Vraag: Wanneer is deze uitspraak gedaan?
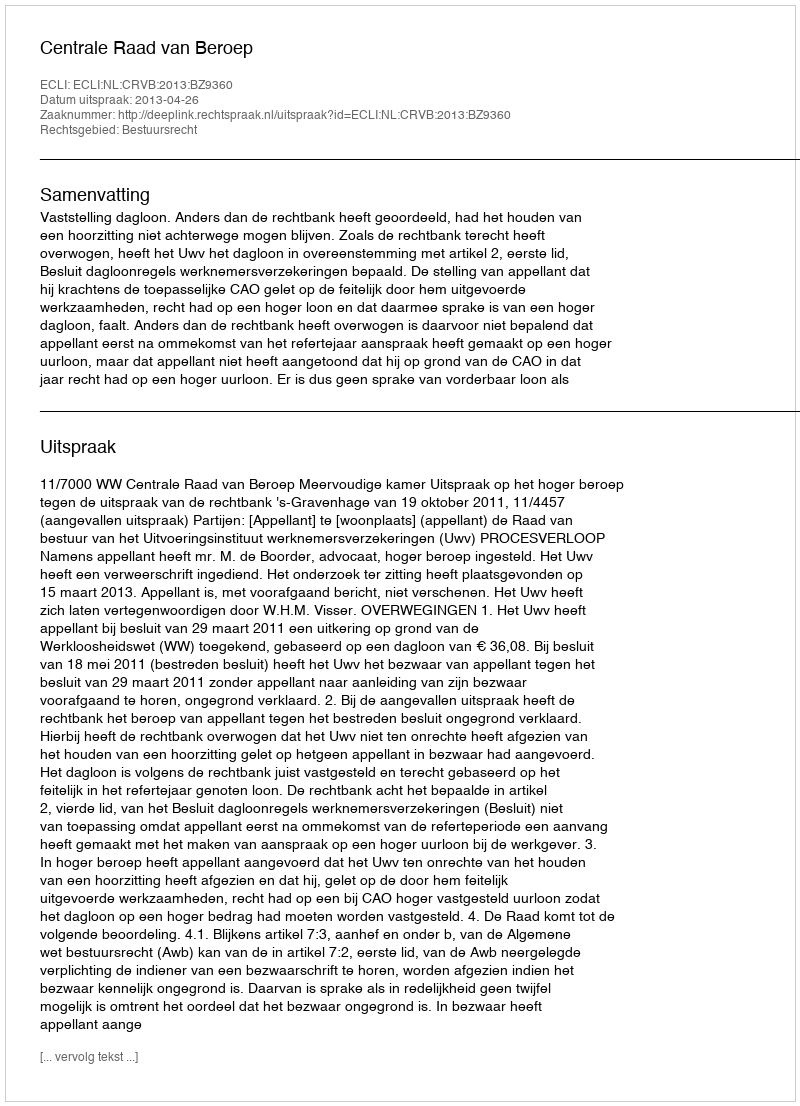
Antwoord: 2013-04-26